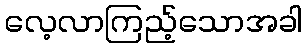
လေ့လာကြည့်သောအခါ